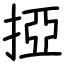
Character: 掗